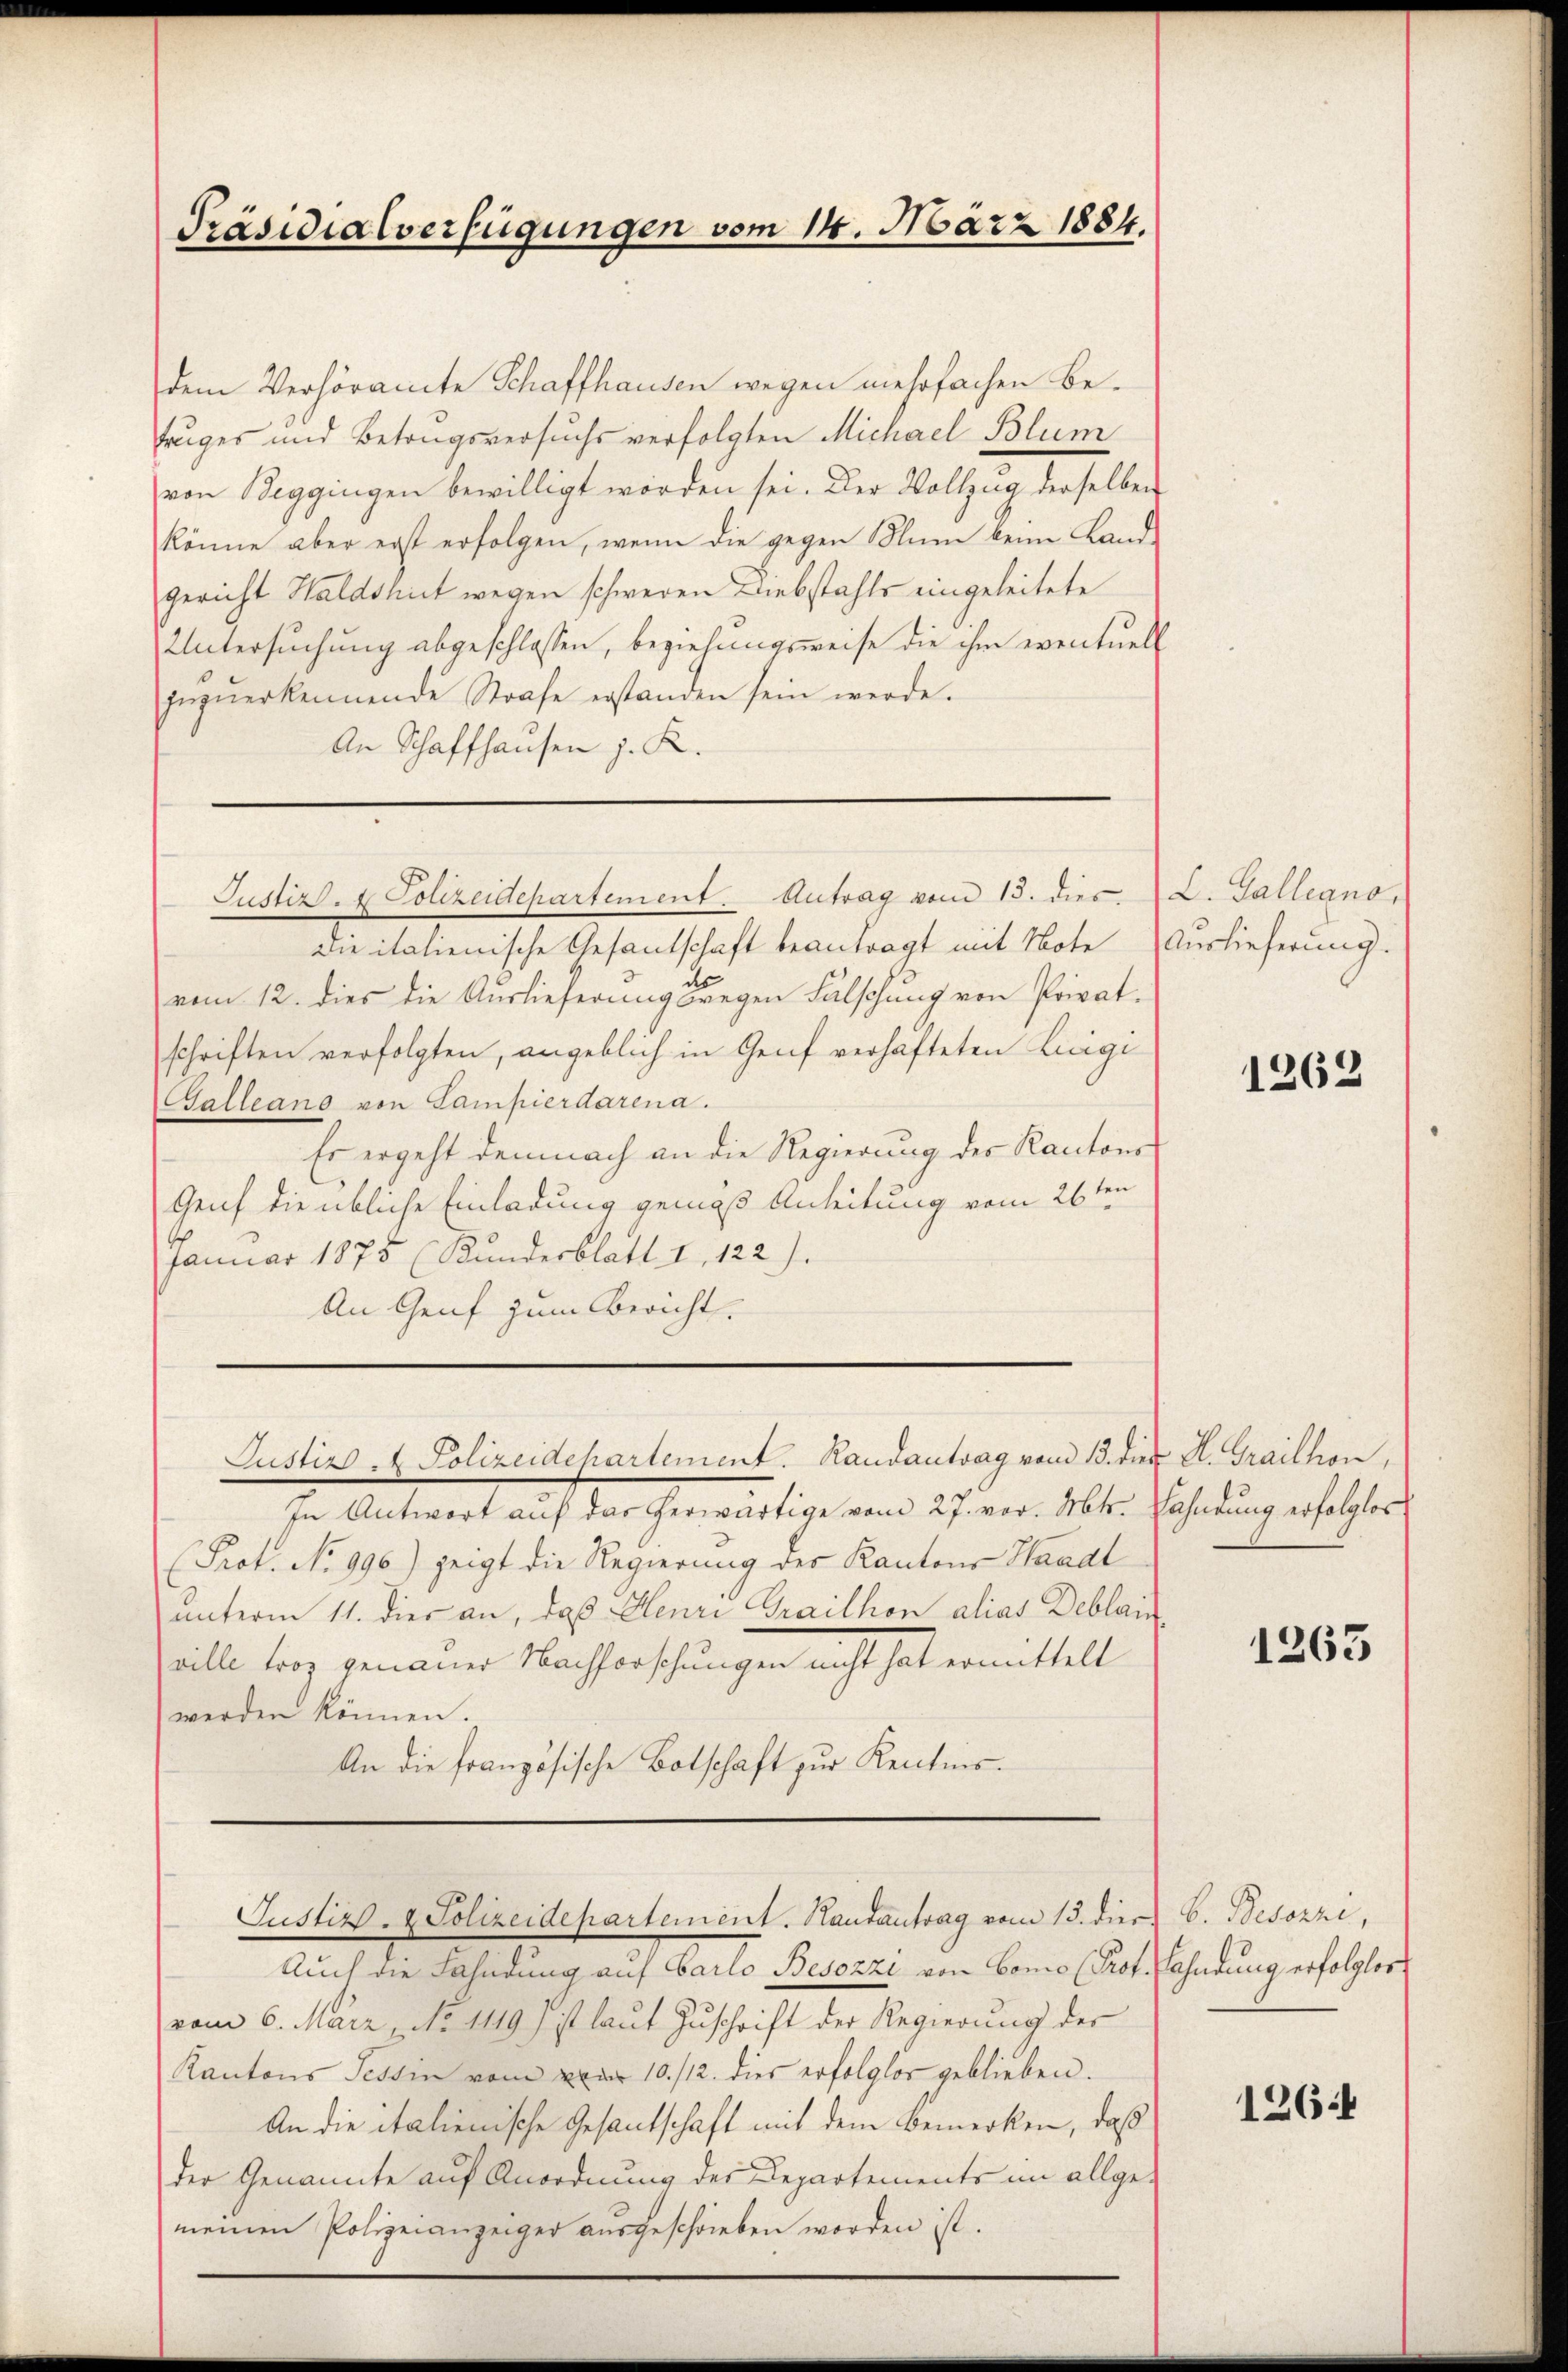
Präsidialverfügungen vom 14. März 1884.

dem Verhöramte Schaffhausen wegen mehrfachen Befruges und Betragsversuchs verfolgten Michael Blum
von Beggingen bewilligt worden sei. Der Vollzug derselben
könne aber erst erfolgen, wenn die gegen Blum keine Land-
gericht Haldshut wegen schweren Diebstahls eingeleitete
Untersuchung abgeschlossen, beziehungsweise die ihm eventuell
Inzuerkennende Strafe erstanden sein werde.
An Schaffhausen z. R.

Die italienische Gesantschaft beantragt mit Note
vom 12. dies die Auslieferung wegen Fälschung von Privatschriften verfolgten, angeblich in Genf verhafteten Luigi
Galleano von Sampierdarena.
Es ergeht demnach an die Regierung des Kantons
Genf die übliche Einladung gemäß Anleitung vom 26ten
Januar 1875 (Kundesblatt I 122).
An Genf zum Bericht.
Justiz- & Polizeidehartement. Randantrag vom 13. der A. Graillon,
In Antwort auf das herwärtige vom 27. vor. Mts. Fahndung erfolglos
Prot. No 996) zeigt die Regierung des Kantons Waadt
unterm 11. dies an, daß Henri Traithon alias Deblais
ville trag genauer Nachforschungen nicht hat ermittelt
werden können.
An die französische Botschaft zur Kenntnis.

Justiz- & Polizeidepartement. Antrag vom 13. dies L. Galleano,

Auch die Fahndung auf Carlo Besozzi von bono (Prof. Fahndung erfolglos
vom 6. März No 1119.) ist laut Zuschrift der Regierung der
Kantons Tessin vom vom 10./12. dies erfolglos geblieben.
An die italienische Gesantschaft mit dem Bemerken, daß
der Genannte auf Anordnung der Departements im allge-
meinen Polizeianzeiger ausgeschrieben worden ist.

Justiz- & Polizeidepartement. Hautantrag vom 15. dies 6. Besozzi,

Auslieferung.

1262

1263

1264